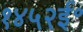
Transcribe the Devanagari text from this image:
१४५२ई॰